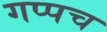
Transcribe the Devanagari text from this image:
गप्पच